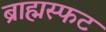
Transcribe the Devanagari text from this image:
ब्राह्मस्फट